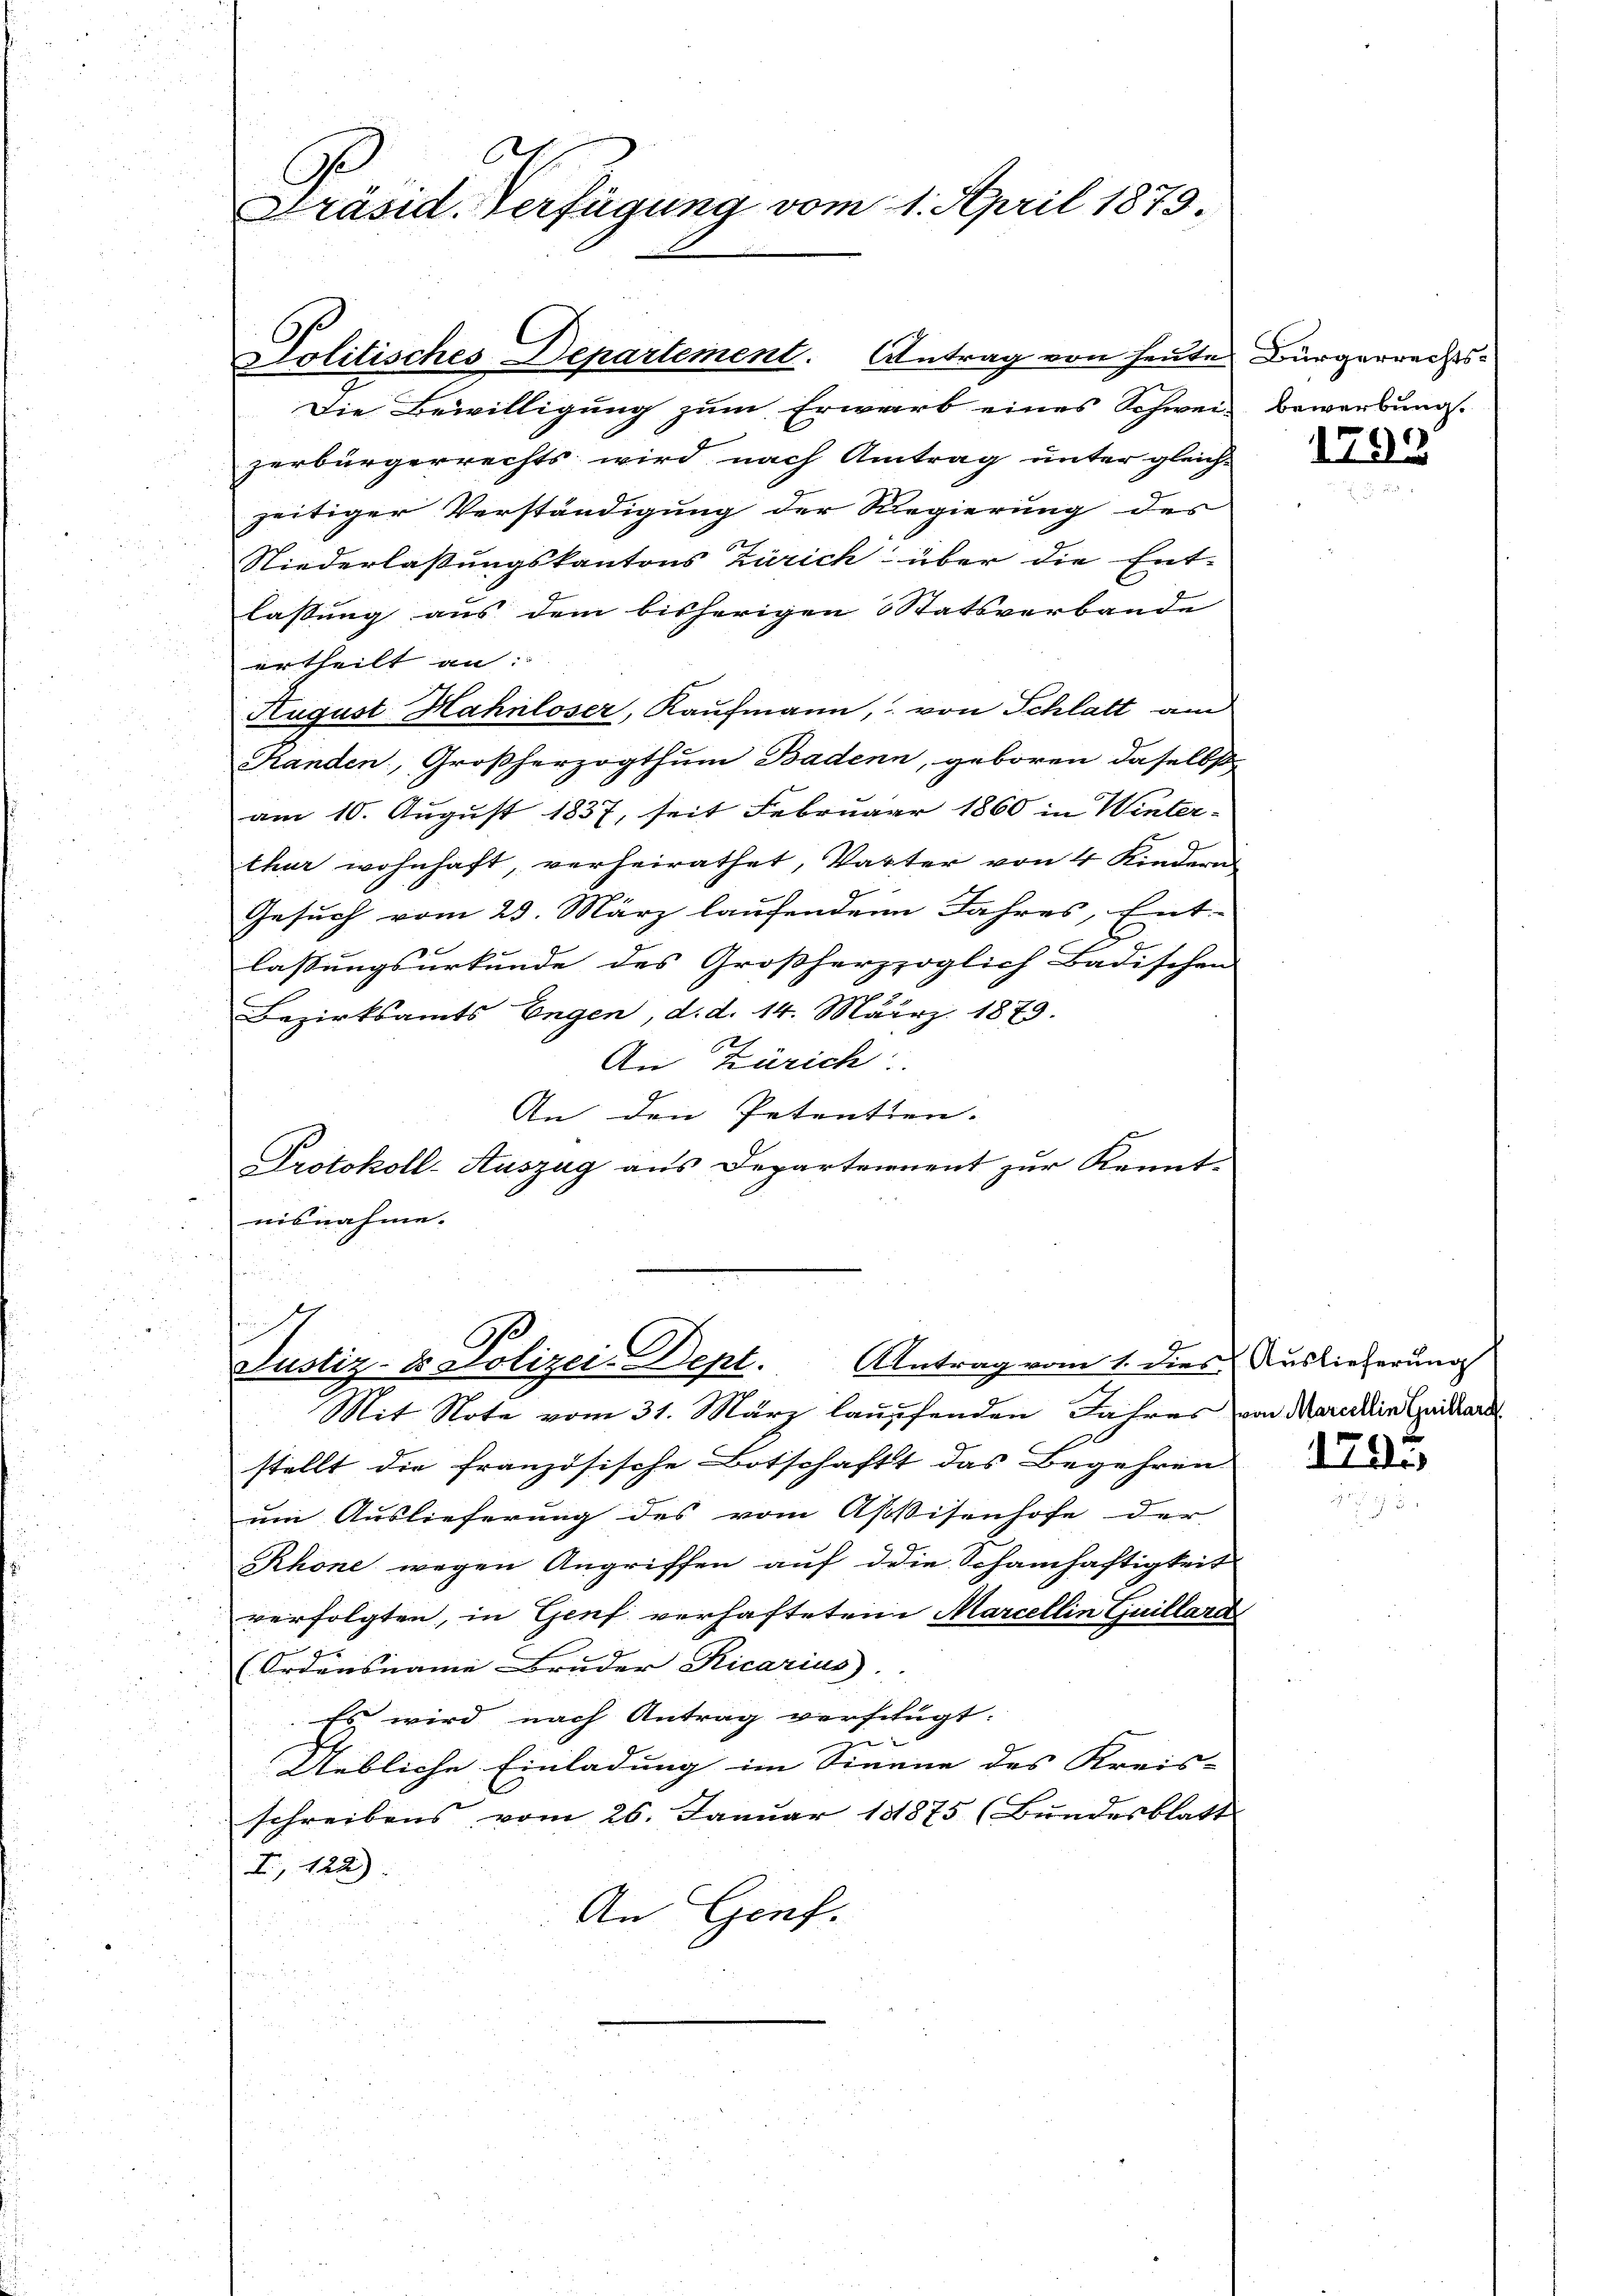
C
Präsid. Verfügung vom 1. April 1879.

Die Bewilligung zum Erwarb eines Schwei- Bewerbung.
zerbürgerrechts wird nach Antrag unter gleich-
zeitiger Verständigung der Regierung des
6x
Niederlassungskantons Zürich über die Ent-
lassung aus dem bisherigen Statsverbande
ertheilt an:
August Hahnloser, Kaufmann, von Schlatt am
Randen, Großherzogthum Badenn, geboren daselbst
am 10. August 1837, seit Februar 1860 in Winter-
thur wohnhaft, verheirathet, Vater von 4 Kindern
Gesuch vom 23. März laufenden Jahres, Ent-
lassungsurkunde des Großherzzoglich Badischen
Bezirksamts Engen, d. d. 14. März 1879.
An Zürich:
An den Petentien.
Protokoll-Auszug aus Departennent zur Kennt-
nisnahme. |

Politisches Departement. Antrag von heute Bürgerrechts¬

stellt die französische Botschaft das Begehren
um Auslieferung des vom Assisenhofe der
Rhone wegen Angriffen auf die Schamhaftigkeit
verfolgten, in Genf verhafteten Marcellin Guillard
g
(Ordensname Bruder Kicarius
Es wird nach Antrag verfügt:
Uebliche Einladung im Sinne des Kreis-
schreibens vom 26. Januar 181875 (Bundesblatt
I, 122)
An Genf.

Justiz- & Polizei-Dept. Antrag vom 1. dies Auslieferung
Mit Note vom 31. März laufenden Jahres von Mareckin Quisard

1793

i